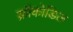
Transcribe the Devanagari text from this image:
क्रॉकोडिल